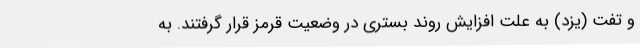
و تفت (یزد) به علت افزایش روند بستری در وضعیت قرمز قرار گرفتند. به